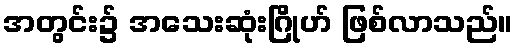
အတွင်း၌ အသေးဆုံးဂြိုဟ် ဖြစ်လာသည်။